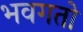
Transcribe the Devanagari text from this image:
भवगतो